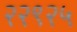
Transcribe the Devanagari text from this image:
२२९२५